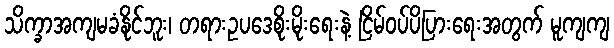
သိက္ခာအကျမခံနိုင်ဘူး၊ တရားဥပဒေစိုးမိုးရေးနဲ့ ငြိမ်ဝပ်ပိပြားရေးအတွက် မူကျကျ